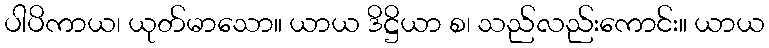
ပါပိကာယ၊ ယုတ်မာသော။ ယာယ ဒိဋ္ဌိယာ စ၊ သည်လည်းကောင်း။ ယာယ